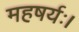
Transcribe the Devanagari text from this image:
महषर्यः।